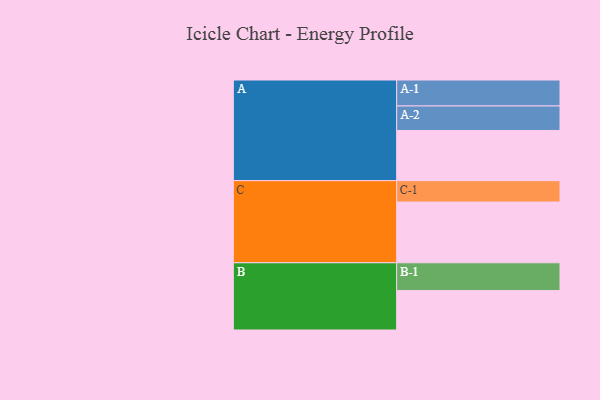
{"axis": {"x": "Segment", "y": "Value"}, "legend": ["", "A", "B", "C"], "data": [{"x": "A", "y": 485, "type": ""}, {"x": "B", "y": 381, "type": ""}, {"x": "C", "y": 587, "type": ""}, {"x": "A-1", "y": 251, "type": "A"}, {"x": "A-2", "y": 237, "type": "A"}, {"x": "B-1", "y": 269, "type": "B"}, {"x": "C-1", "y": 207, "type": "C"}]}